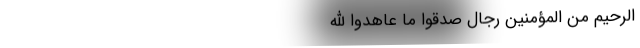
الرحیم مِنَ الْمُؤْمِنِینَ رِجَالٌ صَدَقُوا مَا عَاهَدُوا اللَّهَ